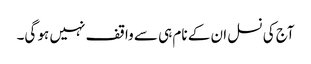
آج کی نسل ان کے نام ہی سے واقف نہیں ہو گی۔